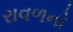
રાવળનો